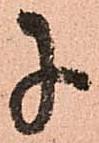
に